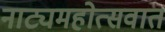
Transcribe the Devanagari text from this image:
नाट्यमहोत्सवात